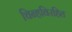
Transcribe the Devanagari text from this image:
चिन्हविरहित